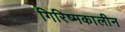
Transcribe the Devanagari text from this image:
गिरिष्मकालीन